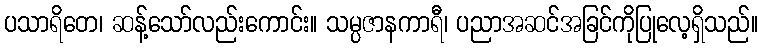
ပသာရိတေ၊ ဆန့်သော်လည်းကောင်း။ သမ္ပဇာနကာရီ၊ ပညာအဆင်အခြင်ကိုပြုလေ့ရှိသည်။